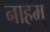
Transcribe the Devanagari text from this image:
नाहम्